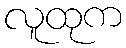
လူထုက